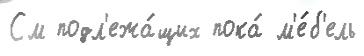
См подл'ежа́щих пока́ м'е́б'ель